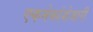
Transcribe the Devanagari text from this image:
एकमेकांशेजारी